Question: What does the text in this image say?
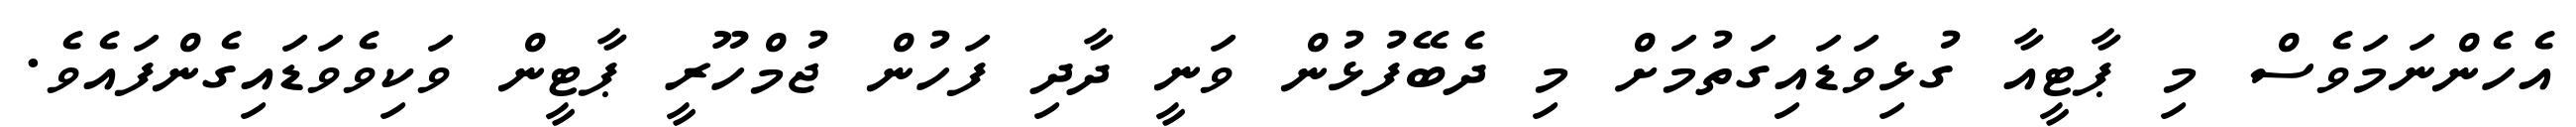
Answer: އެހެންނަމަވެސް މި ޕާޓީއާ ގުޅިވަޑައިގަތުމަށް މި ދެބޭފުޅުން ވަނީ ދާދި ފަހުން ޖުމްހޫރީ ޕާޓީން ވަކިވެވަޑައިގެންފައެވެ.